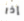
إذا